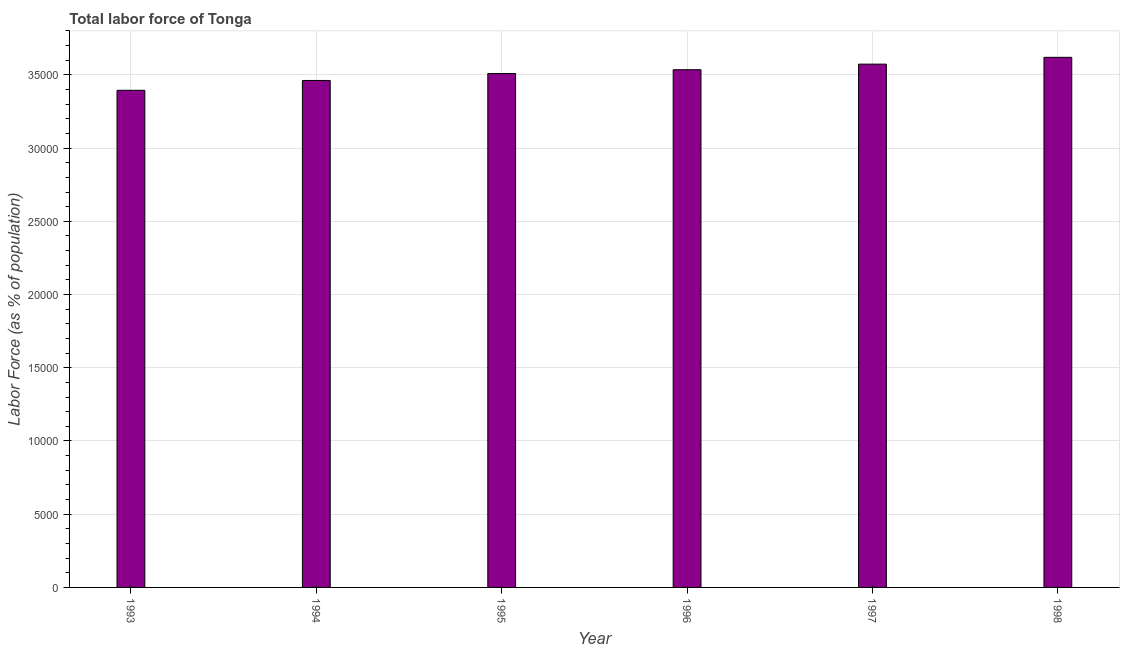
| Year | Labor force |
 | --- | --- |
 | 1993 | 3.39e+04 |
 | 1994 | 3.46e+04 |
 | 1995 | 3.51e+04 |
 | 1996 | 3.54e+04 |
 | 1997 | 3.57e+04 |
 | 1998 | 3.62e+04 |